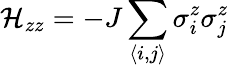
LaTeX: \mathcal{H}_{zz}=-J\sum_{\langle i,j\rangle}\sigma_{i}^{z}\sigma_{j}^{z}